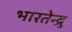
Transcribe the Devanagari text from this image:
भारतेन्द्रु